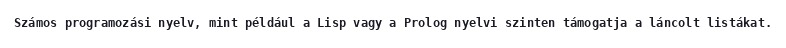
Számos programozási nyelv, mint például a Lisp vagy a Prolog nyelvi szinten támogatja a láncolt listákat.